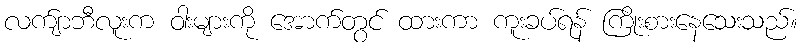
လက်ျာဘီလူးက ဝါးများကို အောက်တွင် ထားကာ ကူးခပ်ရန် ကြိုးစားနေသေးသည်။